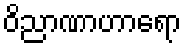
ဝိညာဏာဟာရော